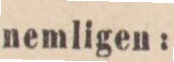
nemligen: